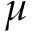
\mu